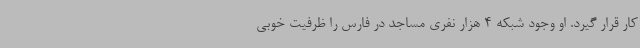
کار قرار گیرد. او وجود شبکه 4 هزار نفری مساجد در فارس را ظرفیت خوبی